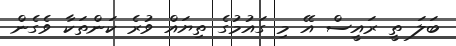
ބަލަ ތީ ރައީސް އޭ މި ގައުމުގެ ތިޔައް ވުރެ ކަންތަކާ ވެގެން